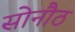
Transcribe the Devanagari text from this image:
सोनौठ